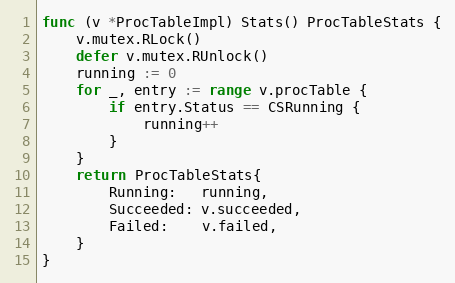
Language: Go
func (v *ProcTableImpl) Stats() ProcTableStats {
	v.mutex.RLock()
	defer v.mutex.RUnlock()
	running := 0
	for _, entry := range v.procTable {
		if entry.Status == CSRunning {
			running++
		}
	}
	return ProcTableStats{
		Running:   running,
		Succeeded: v.succeeded,
		Failed:    v.failed,
	}
}